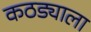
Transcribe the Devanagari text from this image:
कठड्याला